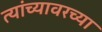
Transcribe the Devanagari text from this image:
त्यांच्यावरच्या